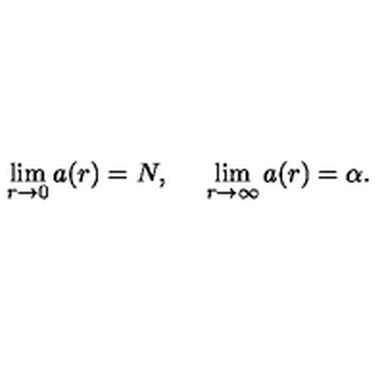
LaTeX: \lim _ { r \rightarrow 0 } a ( r ) = N , \: \: \: \: \: \: \lim _ { r \rightarrow \infty } a ( r ) = \alpha .